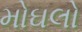
મોઘલો